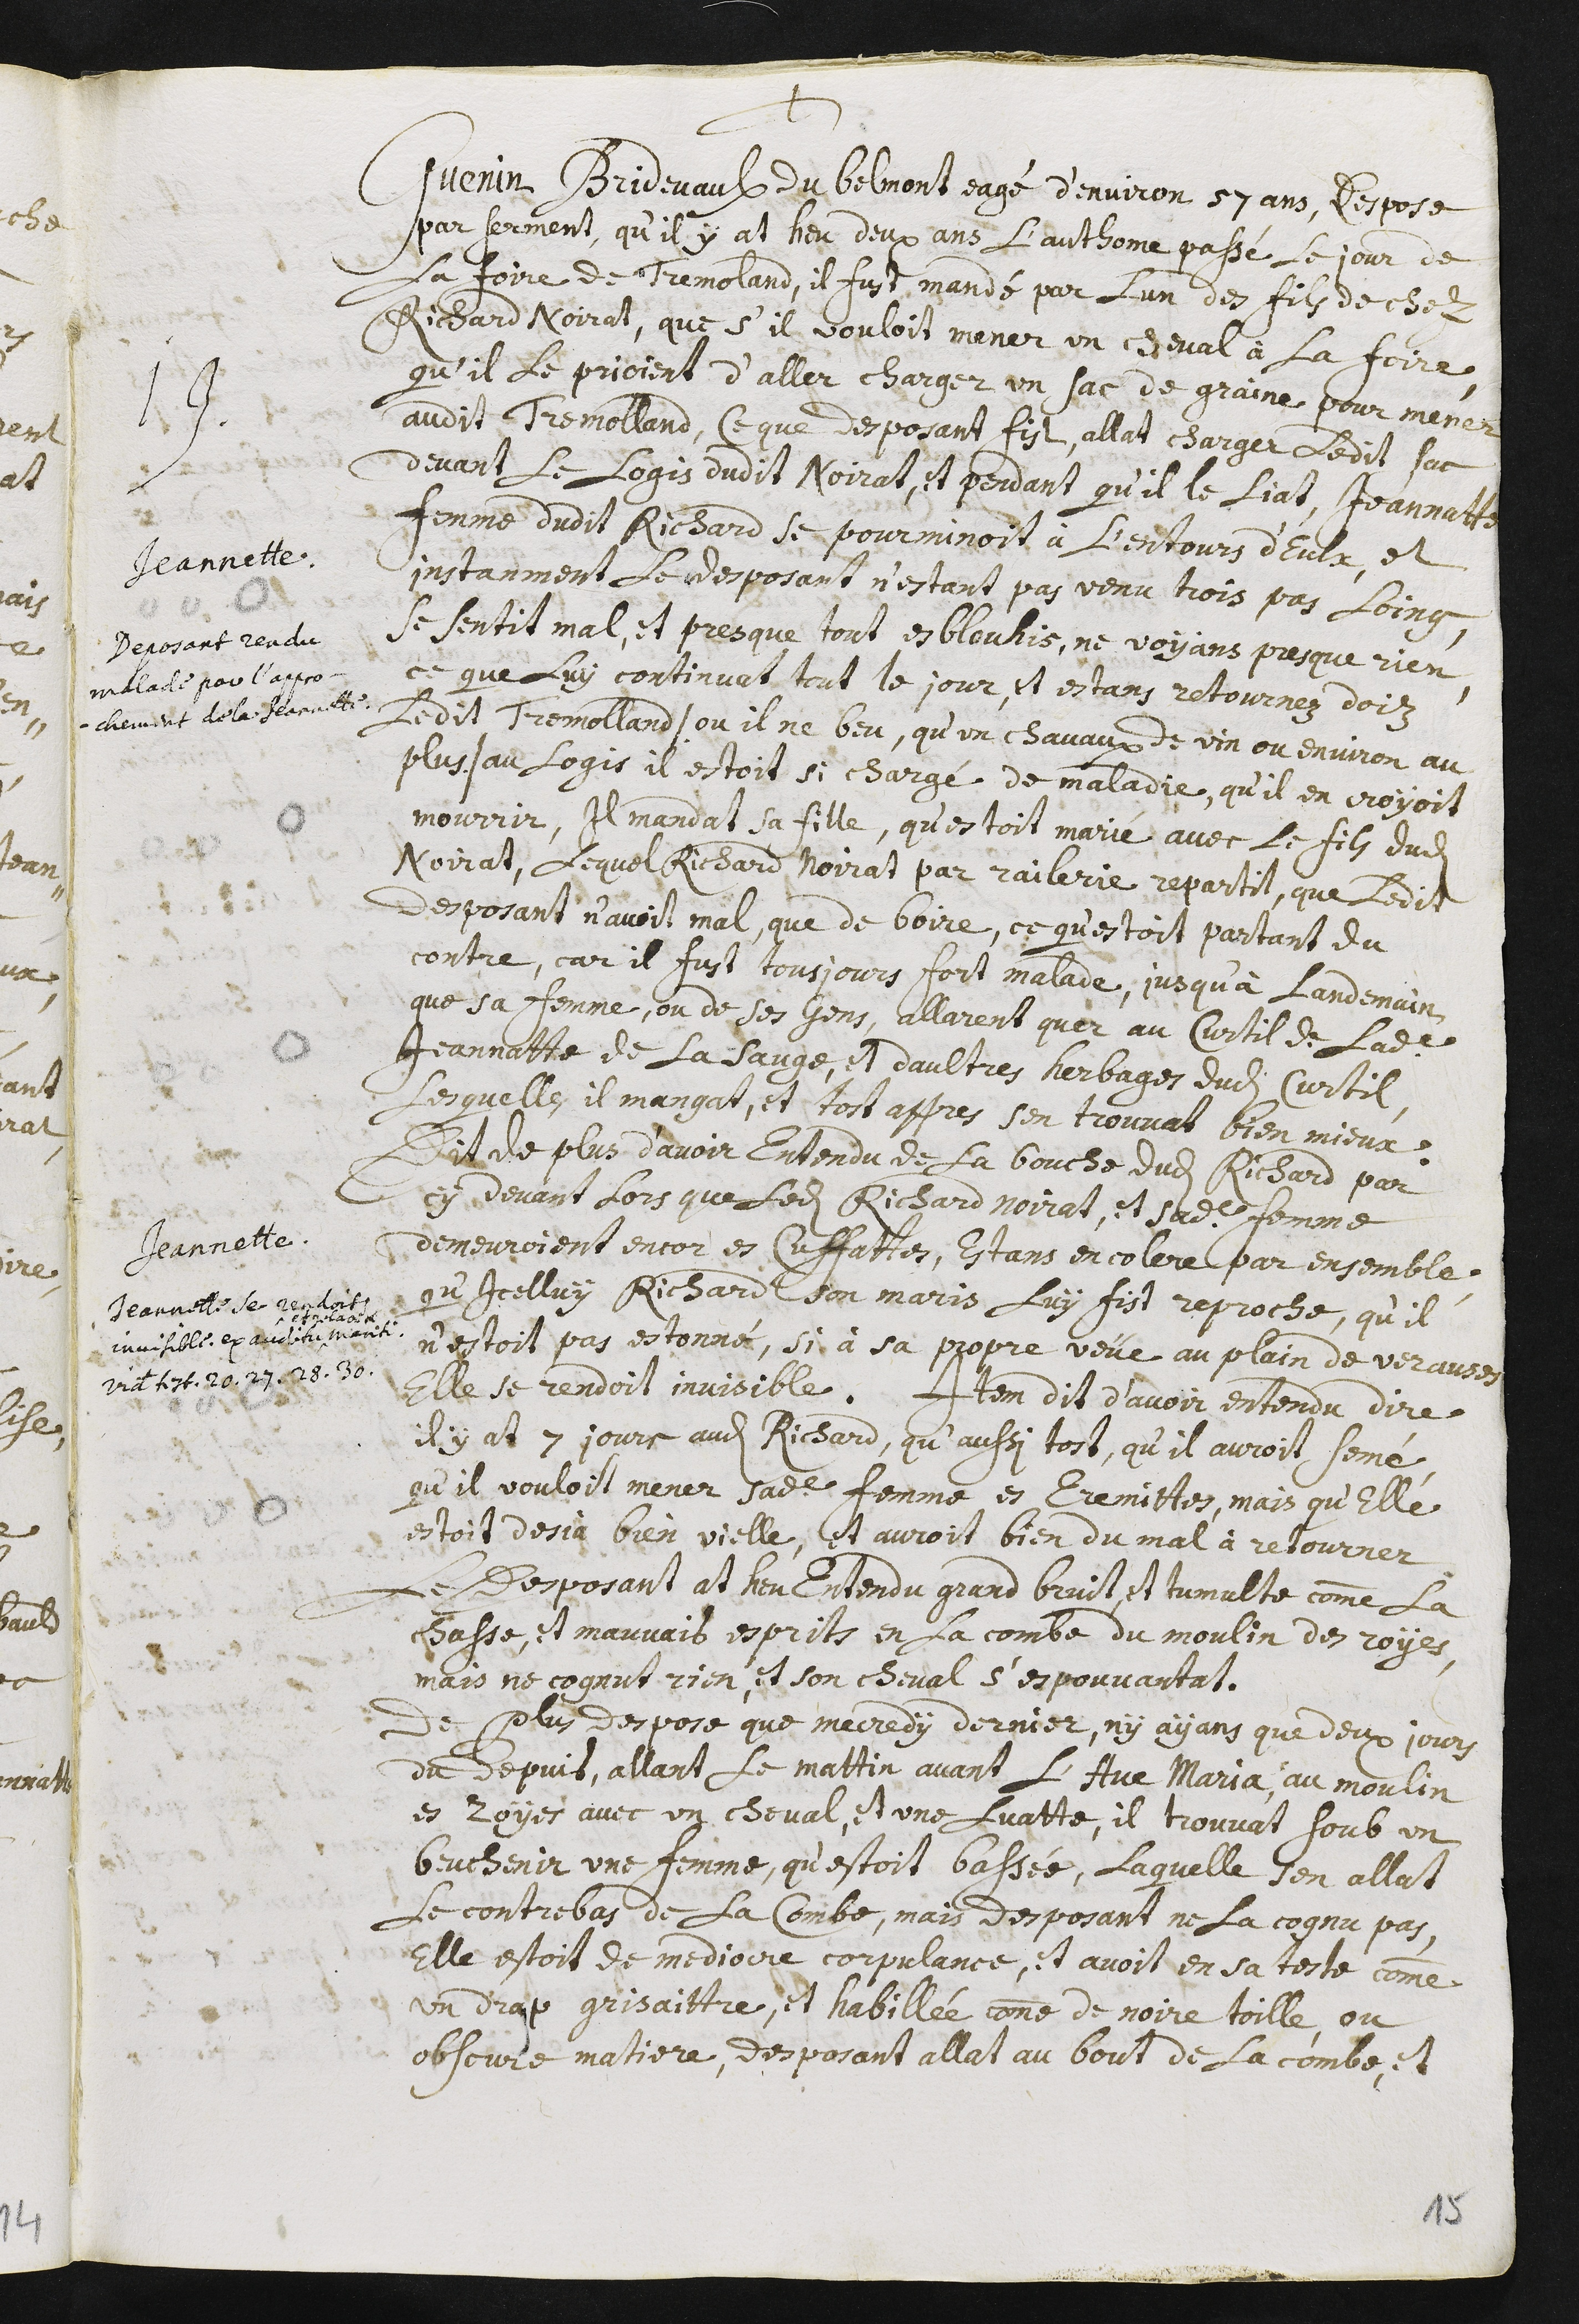
+
Jeannette.
Deposant rendu
malade par l’appro-
chement de la Jeannette.
Guenin Bridevaulx du Belmont eagé d’environ 57 ans, despose
par serment, qu’il y at heu deux ans l’authome passé le jour de
la foire de Tremoland, il fust mandé par l’un des fils de chez
Richard Noirat, que s’il vouloit mener un cheval à la foire,
qu’il le prioient d’aller charger un sac de graine pour mener
audit Tremolland, ce que desposant fist. Allat charger ledit sac
devant le logis dudit Noirat, et pendant qu’il le liat, Jeannatte
femme dudit Richard se pourminoit458 à l’entours d’eulx, et
instanment le desposant n’estant pas venu trois pas loing,
se sentit mal, et presque tout esblouhis, ni voyans presque rien.
Ce que luy continuat tout le jour, et estans retournez doiz
ledit Tremolland /. ou il ne beu, qu’un chavaux de vin ou environ au
plus ./ au logis il estoit si chargé de maladie, qu’il en croyoit
mourir. Il mandat sa fille, qu’estoit marié avec le fils dudit
Noirat, lequel Richard Noirat par railerie repartit, que ledit
desposant n’avoit mal, que de boire ce qu’estoit partant du
contre, car il fust tousjours fort malade, jusqu’à landemain,
que sa femme, ou de ses gens, allarent quer au curtil de ladite
Jeannatte de la sauge, et d’aultres herbages dudit curtil.
Lesquelles, il mangat, et tost appres s’en trouvat bien mieux.
Jeannette.
Jeannette se rendoist
rinvisible. ex auditu ^
^ et relatione
mariti.
Videte testimonia 20. 27. 28. 30.
dit de plus d’avoir entendu de la bouche dudit Richard par
cy devant lors que ledit Richard Noirat, et sadite femme
demeuroient encor es Cuffattes, estans en colere par ensemble,
qu’icelluy Richard son maris luy fist reproche, qu’il
n’estoit pas estonné, si à sa propre veüe au plain de Verauses
elle se rendoit invisible. Item dit d’avoir entendu dire
il y at 7 jours audit Richard, qu’aussi tost, qu’il auroit semé,
qu’il vouloit mener sadite femme es Eremittes, mais qu’elle
estoit desia bien vielle, et auroit bien du mal à retourner.
Le desposant at heu entendu grand bruit, et tumulte comme la
chasse, et mauvait esprits en la combe du moulin des royes,
mais ne cognut rien, et son cheval s’espouvantat.
De plus despose que mercredy dernier, n’y ayans que deux jours
du depuit, allant le mattin avant l’Ave Maria, au moulin
es Royes avec un cheval, et une luatte, il trouvat soub un
beuchenir une femme, qu’estoit bassée, laquelle s’en allat
le contrebas de la combe, mais desposant ne la cognu pas.
Elle estoit de mediocre corpulance, et avoit en sa teste comme
un drap grisaittre, et habillée comme de noire toille, ou
obscure matiere, desposant allat au bout de la combe, et